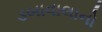
ડબાવાલાનો